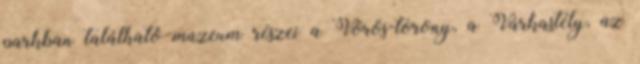
parkban található múzeum részei a Vörös-torony, a Várkastély, az